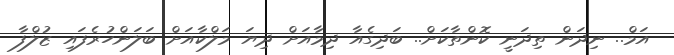
އަމް.. ނިދަން ތިދަނީ ކޮންތާކަށް.. ބަދިގެއާ ދިމާއަށް ދިޔަ މަލްކާއަށް ބަލަންހުރެފައި ޒުލްފާ